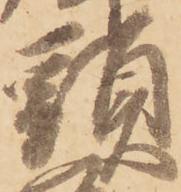
頭